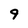
Character: 9